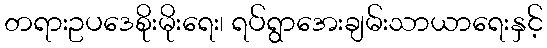
တရားဥပဒေစိုးမိုးရေး၊ ရပ်ရွာအေးချမ်းသာယာရေးနှင့်